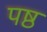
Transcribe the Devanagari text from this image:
पष्ठ